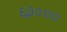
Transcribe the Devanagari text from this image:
६३०००